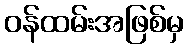
ဝန်ထမ်းအဖြစ်မှ